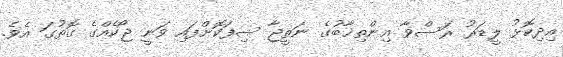
އިދިކޮޅު ލީޑަރު ރަސްވާ އިންތިޚާބުގެ ނަތީޖާ ސިފަކޮށްފައި ވަނީ ޖޯކެއްގެ ގޮތުގަ އެވެ.